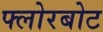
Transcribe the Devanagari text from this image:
फ्लोरबोट